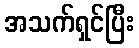
အသက်ရှင်ပြီး